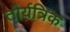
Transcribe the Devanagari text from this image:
तौर्यत्रिक